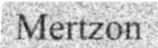
Mertzon